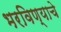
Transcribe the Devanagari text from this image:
भरविण्याचे